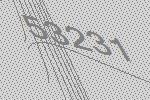
53231